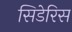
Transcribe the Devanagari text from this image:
सिडेरिस